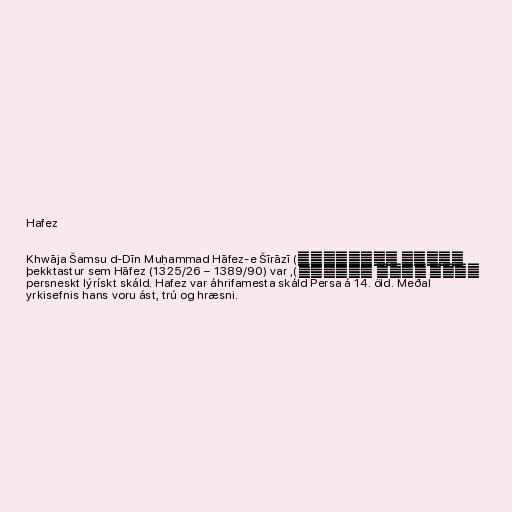
Hafez

Khwāja Šamsu d-Dīn Muḥammad Hāfez-e Šīrāzī (خواجه شمس‌الدین
محمد حافظ شیرازی), þekktastur sem Hāfez (1325/26 – 1389/90) var
persneskt lýrískt skáld. Hafez var áhrifamesta skáld Persa á 14. öld. Meðal
yrkisefnis hans voru ást, trú og hræsni.